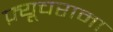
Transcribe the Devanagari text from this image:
फ़्यूचरामा